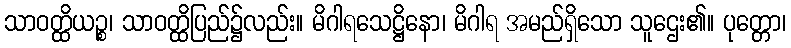
သာဝတ္ထိယဉ္စ၊ သာဝတ္ထိပြည်၌လည်း။ မိဂါရသေဋ္ဌိနော၊ မိဂါရ အမည်ရှိသော သူဌေး၏။ ပုတ္တော၊